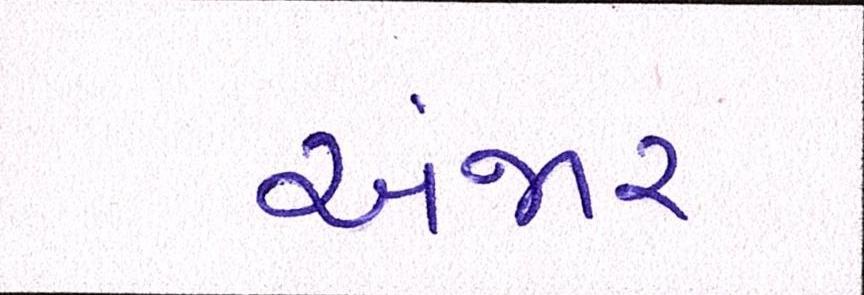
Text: અંજાર